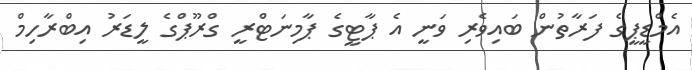
އެމްޑީޕީގެ ފަރާތުން ބައިވެރި ވަނީ އެ ޕާޓީގެ ޕާމިނަޓްރީ ގްރޫޕްގެ ލީޑަރު އިބްރާހިމް